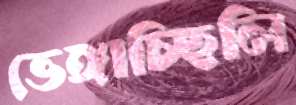
ভেঙ্গাচ্ছিলি